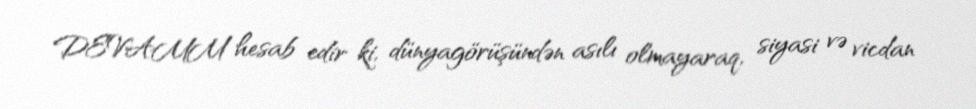
DEVAMM hesab edir ki, dünyagörüşündən asılı olmayaraq, siyasi və vicdan